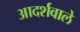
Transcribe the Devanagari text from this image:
आदर्शवाले